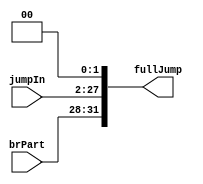
module jump(fullJump,brPart,jumpIn);
input [25:0] jumpIn;
input [3:0] brPart;
output [31:0] fullJump;
assign fullJump = {brPart, {jumpIn}, 2'b00};	//creates jump istruction
//shift shift_1(jumpPart, jumpIn);

//assign 	 out1 = {{ 16 {in1[15]}}, in1};

endmodule